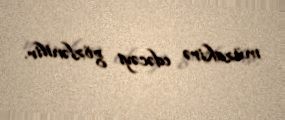
müzakirə edəcəyi gözlənilir.